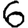
Digit: 6